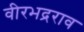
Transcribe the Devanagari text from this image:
वीरभद्रराव